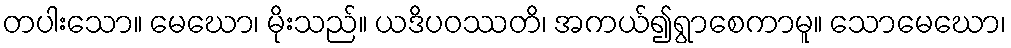
တပါးသော။ မေဃော၊ မိုးသည်။ ယဒိပဝဿတိ၊ အကယ်၍ရွာစေကာမူ။ သောမေဃော၊